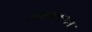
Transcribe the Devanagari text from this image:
अवश्वलायन